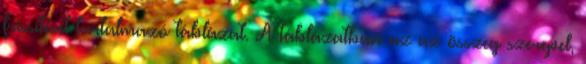
frissítését tartalmazó táblázat. A táblázatban az az összeg szerepel,